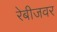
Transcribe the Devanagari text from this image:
रेबीजवर